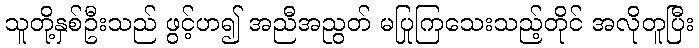
သူတို့နှစ်ဦးသည် ဖွင့်ဟ၍ အညီအညွတ် မပြုကြသေးသည့်တိုင် အလိုတူပြီး